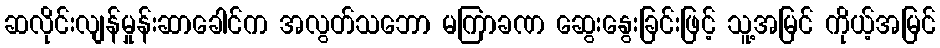
ဆလိုင်းလျန်မှုန်းဆာခေါင်က အလွတ်သဘော မကြာခဏ ဆွေးနွေးခြင်းဖြင့် သူ့အမြင် ကိုယ့်အမြင်